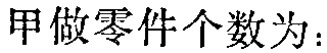
甲做零件个数为：